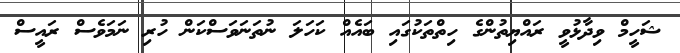
ޝަހީމް ވިދާޅުވީ ރައްޔިތުންގެ ހިތްތަކުގައި ބައެއް ކަހަލަ ނުތަނަވަސްކަން ހުރި ނަމަވެސް ރައީސް